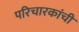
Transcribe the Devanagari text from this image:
परिचारकांची